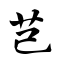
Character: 芑